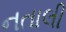
નતાલી